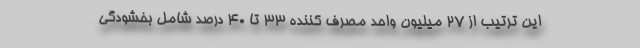
این ترتیب از 27 میلیون واحد مصرف کننده 33 تا 40 درصد شامل بخشودگی